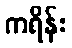
ကရိန်း